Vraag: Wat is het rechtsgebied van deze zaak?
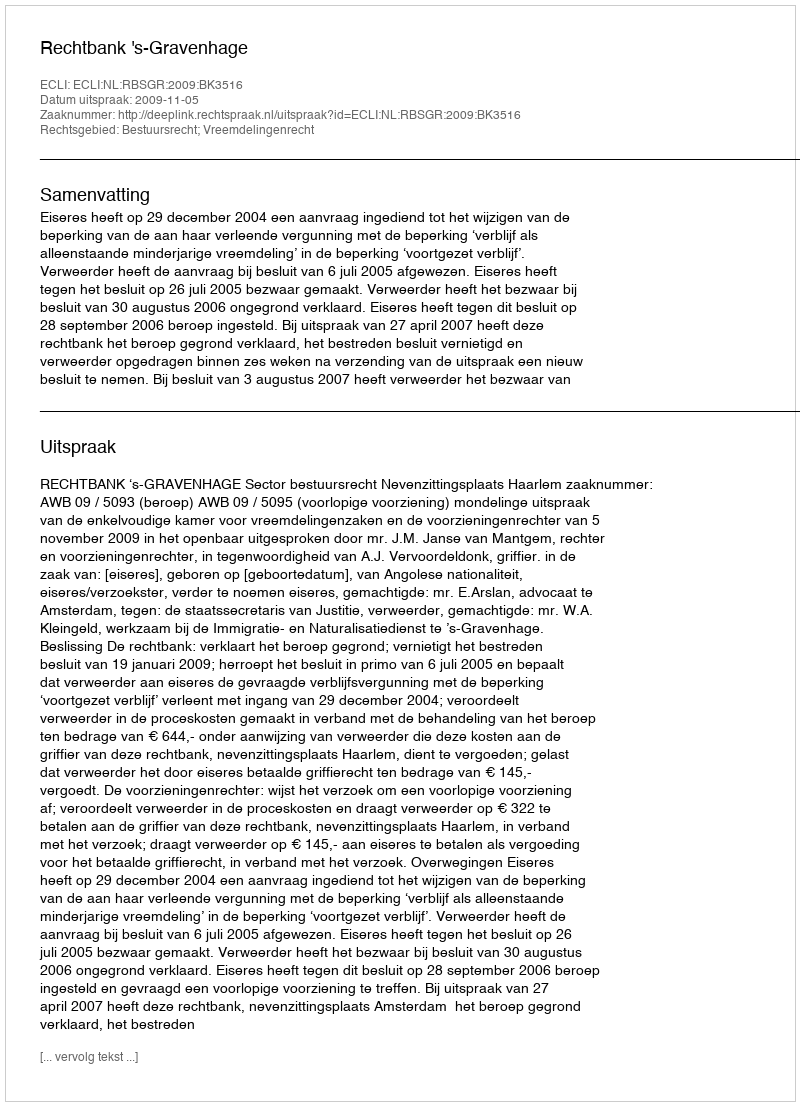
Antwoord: Bestuursrecht; Vreemdelingenrecht